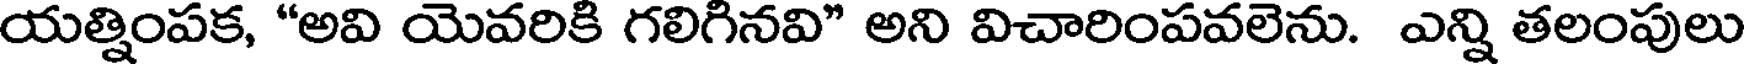
యత్నింపక, "అవి యెవరికి గలిగినవి" అని విచారింపవలెను. ఎన్ని తలంపులు